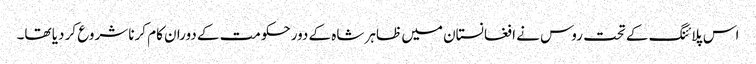
اس پلائنگ کے تحت روس نے ا فغانستان میں ظاہر شاہ کے دورحکومت کے دوران کام کرنا شروع کر دیا تھا۔